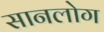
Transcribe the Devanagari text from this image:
सानलोग